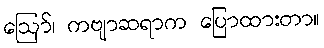
ဪ၊ ကဗျာဆရာက ပြောထားတာ။